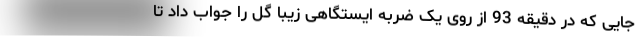
جایی که در دقیقه 93 از روی یک ضربه ایستگاهی زیبا گل را جواب داد تا